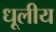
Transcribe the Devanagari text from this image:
धूलीय